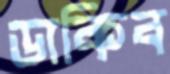
ডাকিব